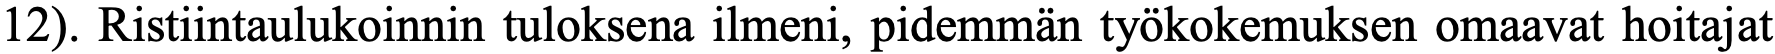
12). Ristiintaulukoinnin tuloksena ilmeni, pidemmän työkokemuksen omaavat hoitajat